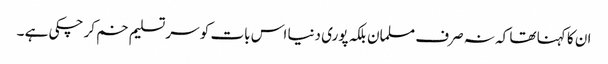
ان کا کہنا تھا کہ نہ صرف مسلمان بلکہ پوری دنیا اس بات کو سر تسلیم خم کر چکی ہے ۔